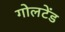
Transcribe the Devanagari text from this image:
गोलटेंड